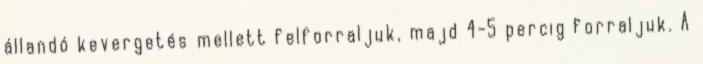
állandó kevergetés mellett felforraljuk, majd 4-5 percig forraljuk. A